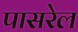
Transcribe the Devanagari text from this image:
पासरेल